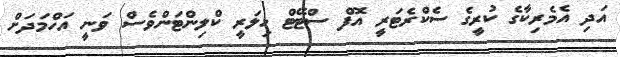
އަދި އެމެރިކާގެ ކުރީގެ ސެކްރެޓަރީ އޮފް ސްޓޭޓް ހިލަރީ ކްލިންޓަންވެސް ވަނީ އަހްމަދަށް